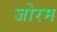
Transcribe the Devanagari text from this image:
जोरम